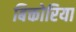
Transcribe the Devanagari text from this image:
बिक्तोरिया